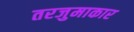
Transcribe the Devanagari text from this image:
तरजुमाकार